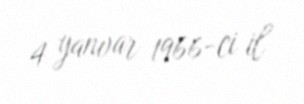
4 yanvar 1966-ci il